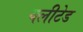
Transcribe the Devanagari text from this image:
क्लीटेड